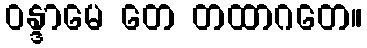
ဝန္ဒာမေ တေ တထာဂတေ။